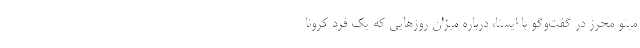
مینو محرز در گفت‌وگو با ایسنا، درباره میزان روزهایی که یک فرد کرونا